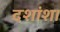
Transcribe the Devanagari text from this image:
दशांश।